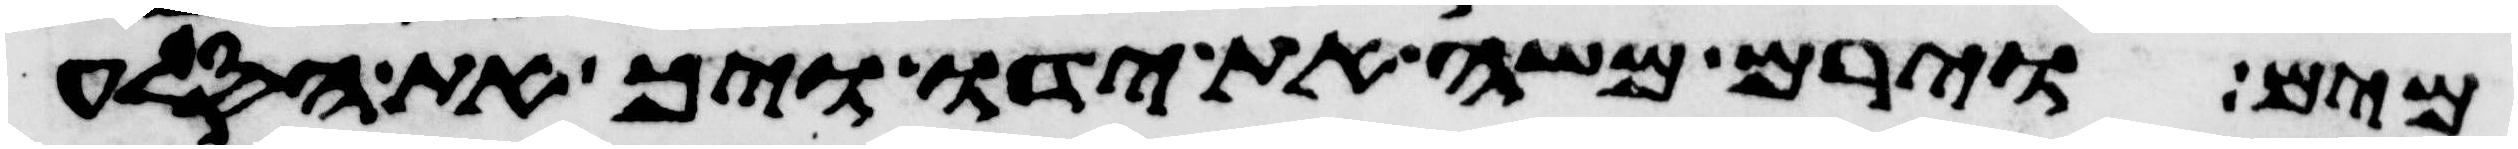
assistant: מים וירם משה את ידו ויך את הסלע